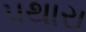
પથારા